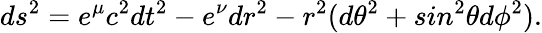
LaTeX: ds^{2}=e^{\mu}c^{2}dt^{2}-e^{\nu}dr^{2}-r^{2}(d\theta^{2}+sin^{2}\theta d\phi^{2}).